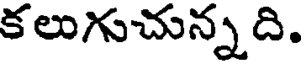
కలుగుచున్నది.